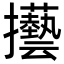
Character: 𢺐